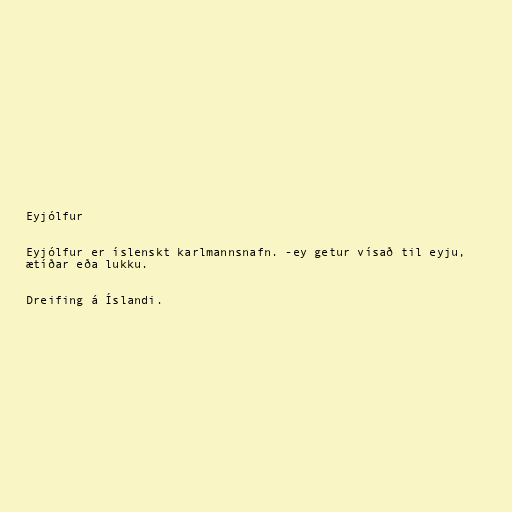
Eyjólfur

Eyjólfur er íslenskt karlmannsnafn. -ey getur vísað til eyju,
ætíðar eða lukku.

Dreifing á Íslandi.